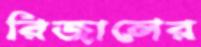
রিজালের